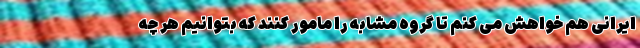
ایرانی هم خواهش می کنم تا گروه مشابه را مامور کنند که بتوانیم هر چه